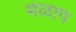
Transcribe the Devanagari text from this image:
मेळाप